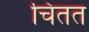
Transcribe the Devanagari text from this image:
चिंतत